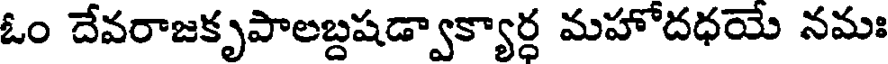
ఓం దేవరాజకృపాలబ్దషడ్వాక్యార్ధ మహోదధయే నమః